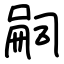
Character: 嗣